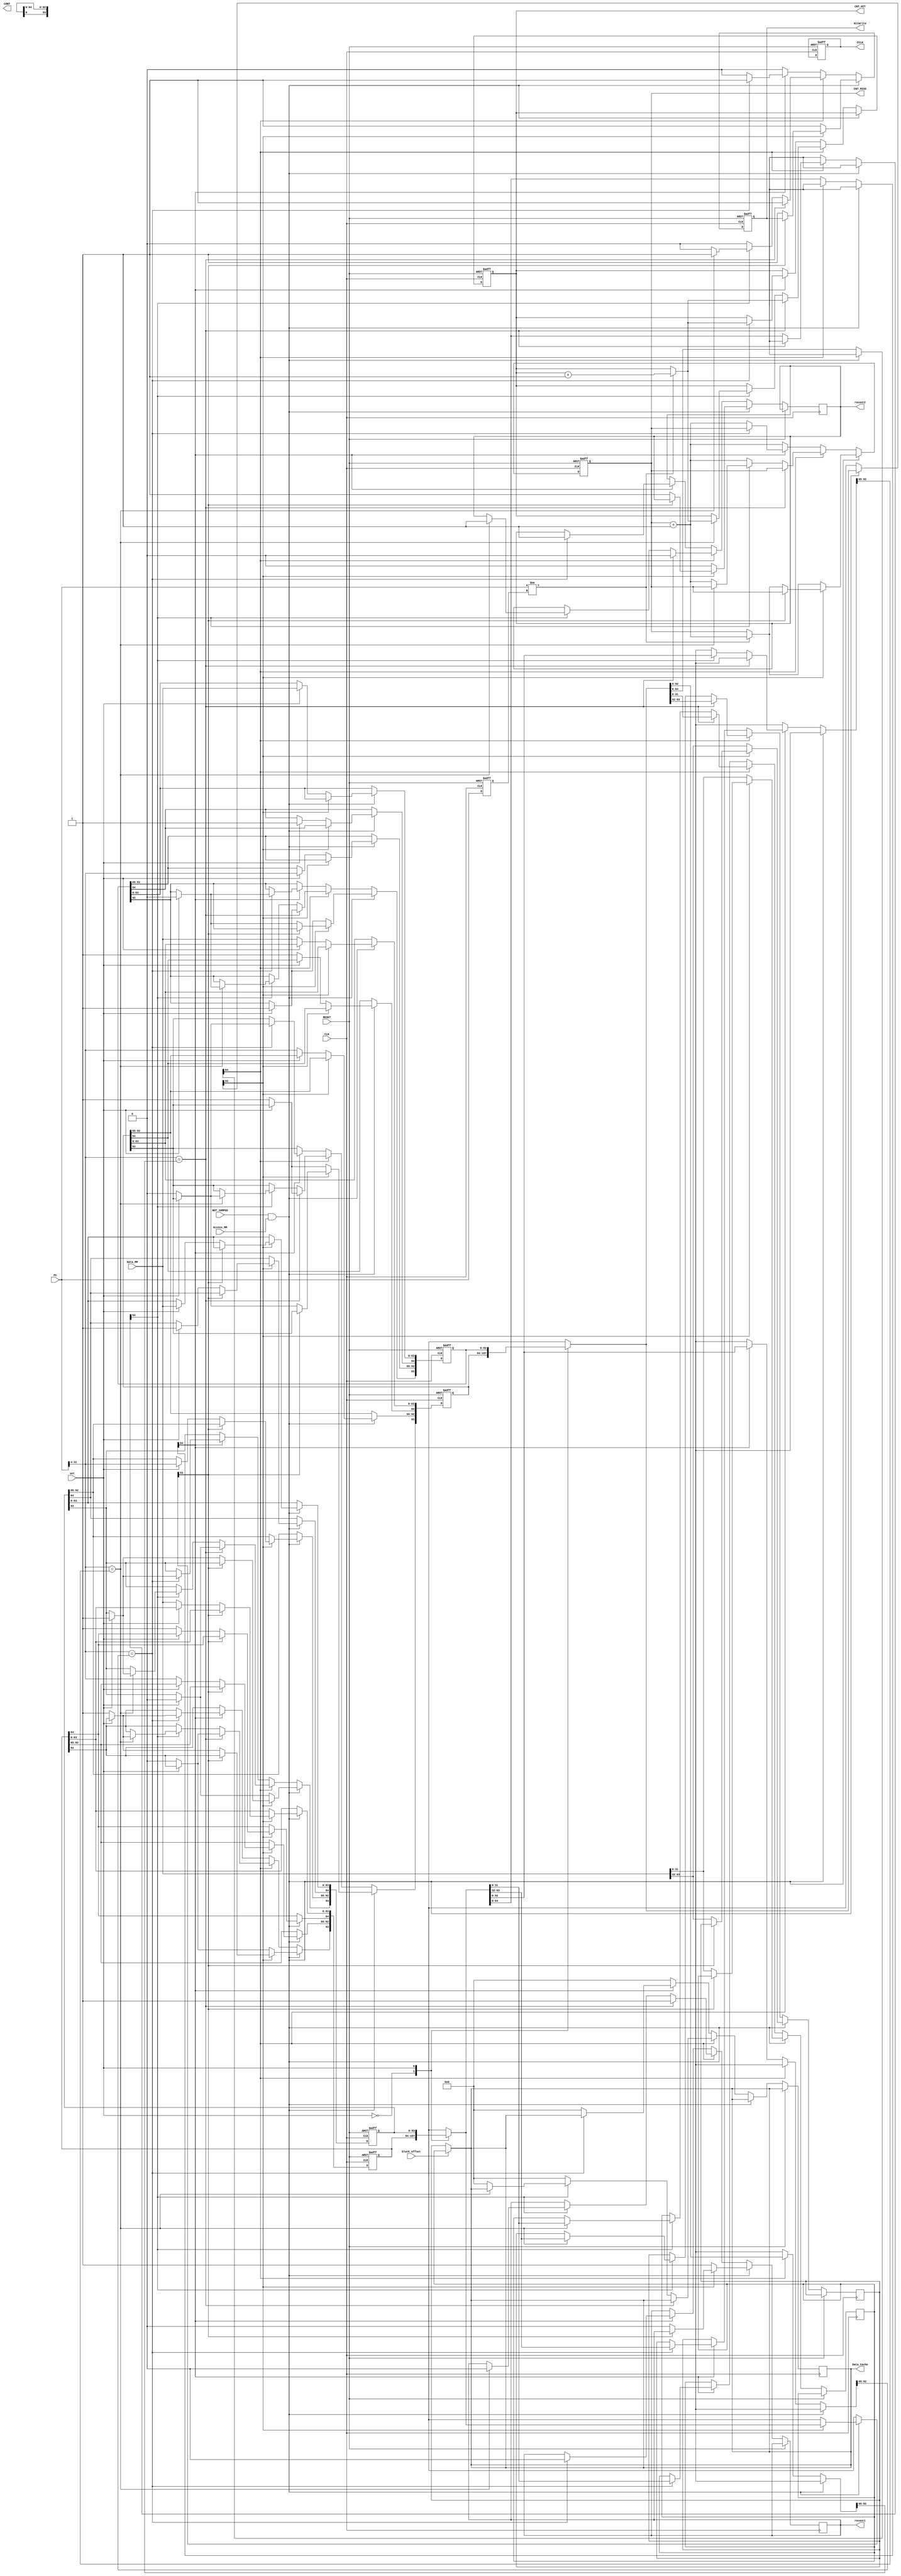
module Cache_2way_Multiword(CLK, RESET, NOT_JUMPED, PC, set, block_offset, Access_MM, Data_MM, HitWrite, Data_Cache, CNT_HIT, CNT_MISS
,CONT, CCLK, recent1, recent2);

	input CLK;
	input RESET;
	input [31:0] PC;
	input NOT_JUMPED;
//-----------------------------------------------
	input set; //Size8
	//input [1:0] set; //Size16
	//input [2:0] set; //Size32
//-----------------------------------------------
   	input block_offset;
	input Access_MM; //0: Read Data from MM sig
   	input [63:0] Data_MM; //Read Data from MM

	output reg HitWrite; //Hit, PCWrite, IFIDWrite
   	output reg [31:0] Data_Cache;
   	output reg [19:0] CNT_HIT, CNT_MISS; //Counter for Checking

   	output reg [1:0] CONT;
   	output reg CCLK;
   	output reg recent1, recent2;

//-----------------------------------------------
   	reg [93:0] cache1 [1:0]; //Size8
   	reg [93:0] cache2 [1:0]; //Size8
   	//reg [93:0] cache1 [3:0]; //Size16
   	//reg [93:0] cache2 [3:0]; //Size16
   	//reg [93:0] cache1 [7:0]; //Size32
   	//reg [93:0] cache2 [7:0]; //Size32
//-----------------------------------------------
	reg [31:0] PC_REG;

   	reg [31:0] Data_Cache_0,Data_Cache_1;
   	assign Data_Cache = (block_offset == 1'b0) ? Data_Cache_0 : Data_Cache_1;

   	always@(posedge CLK, posedge RESET)
   	begin
      		if (RESET) begin
//Size8
         		cache1[0] <= 94'd0;
         		cache1[1] <= 94'd0;
        		cache2[0] <= 94'd0;
         		cache2[1] <= 94'd0;
//Size16
/*
        		cache1[2] <= 94'd0;
        		cache1[3] <= 94'd0;
         		cache2[2] <= 94'd0;
         		cache2[3] <= 94'd0;
//*/
//size32
/*
                        cache1[4] <= 94'd0;
                        cache1[5] <= 94'd0;
                        cache1[6] <= 94'd0;
                        cache1[7] <= 94'd0;
                        cache2[4] <= 94'd0;
                        cache2[5] <= 94'd0;
                        cache2[6] <= 94'd0;
                        cache2[7] <= 94'd0;
*/
         		CNT_HIT <= 20'd0;
         		CNT_MISS <= 20'd0;
         		HitWrite <= 1'b1; 
         		CCLK <= 1'b0;
			PC_REG <= 32'd0;
           	end
		
           	else begin
			PC_REG <= PC; 
         		if(NOT_JUMPED && Access_MM) begin
                                if(cache1[set][93] == 1'b0) begin //Cache1 recently not used
                                        cache1[set][64] <= 1'b1; //Valid     
                                        cache1[set][63:0] <= Data_MM;
                                        cache1[set][93] <= 1'b1; //Recent
                                        cache2[set][93] <= 1'b0; //Recent
               				recent1 <= 1'b1;
               				recent2 <= 1'b0;
//----------------------------------------------------------------------------------------
				//Size8
                                        cache1[set][92:65] <= PC[31:4]; //Tag
				//Size16
                                        //cache1[set][92:65] <= PC[31:5]; //Tag
				//Size32
					//cache1[set][92:65] <= PC[31:6]; //Tag
//----------------------------------------------------------------------------------------
               				Data_Cache_0 <= Data_MM[63:32];
               				Data_Cache_1 <= Data_MM[31:0];
                                        HitWrite <= 1'b1;  
					if (PC != PC_REG) CNT_MISS <= CNT_MISS +1;                                                   
                                end
                                else if(cache2[set][93] == 1'b0) begin //Cache2 recently not used
                                        cache2[set][64] <= 1'b1; //Valid     
                                        cache2[set][63:0] <= Data_MM;
                                        cache2[set][93] <= 1'b1; //Recent
                                        cache1[set][93] <= 1'b0; //Recent
               				recent1 <= 1'b0;
               				recent2 <= 1'b1;
//----------------------------------------------------------------------------------------
				//Size8
                                        cache2[set][92:65] <= PC[31:4]; //Tag
				//Size16
                                        //cache2[set][92:65] <= PC[31:5]; //Tag
				//Size32
					//cache2[set][92:65] <= PC[31:6]; //Tag
//----------------------------------------------------------------------------------------
               				Data_Cache_0 <= Data_MM[63:32];
               				Data_Cache_1 <= Data_MM[31:0];
                                        HitWrite <= 1'b1;     
					if (PC != PC_REG) CNT_MISS <= CNT_MISS +1;    
                                end
         		end
         		else begin
                                if(cache1[set][64] == 1'b1) begin
//----------------------------------------------------------------------------------------
					//Size8
                                        if(PC[31:4] == cache1[set][92:65]) begin	
					//Size16
                                        //if(PC[31:5] == cache1[set][92:65]) begin	
					//Size32
                                        //if(PC[31:6] == cache1[set][92:65]) begin	
//----------------------------------------------------------------------------------------
						HitWrite <= 1'b1;
                                                cache1[set][93] <= 1'b1;
                                                cache2[set][93] <= 1'b0;
                  				recent1 <= 1'b1;
                  				recent2 <= 1'b0;
						if (PC != PC_REG) CNT_HIT <= CNT_HIT +1;
                                                //CNT_HIT <= CNT_HIT + 1;
                  				Data_Cache_0 <= cache1[set][63:32];
                  				Data_Cache_1 <= cache1[set][31:0];
                                        end
               				else if(cache2[set][64] == 1'b1) begin
//----------------------------------------------------------------------------------------
						//Size8
                  				if(PC[31:4] == cache2[set][92:65]) begin
						//Size16
                  				//if(PC[31:5] == cache2[set][92:65]) begin
						//Size32
                  				//if(PC[31:6] == cache2[set][92:65]) begin
//----------------------------------------------------------------------------------------
                  				HitWrite <= 1'b1;
                                                cache1[set][93] <= 1'b0;
                                                cache2[set][93] <= 1'b1;
                  				recent1 <= 1'b0;
                  				recent2 <= 1'b1;
						if (PC != PC_REG) CNT_HIT <= CNT_HIT +1;
                                                //CNT_HIT <= CNT_HIT + 1;
                  				Data_Cache_0 <= cache2[set][63:32];
                  				Data_Cache_1 <= cache2[set][31:0];
                  				end
                                        	else begin
                                                	HitWrite <= 1'b0;
                                                	CNT_MISS <= CNT_MISS + 1;
                                                	Data_Cache <= 32'd0;
                                        	end  
					end
                                        else begin
                                                 HitWrite <= 1'b0;
                                                 CNT_MISS <= CNT_MISS + 1;
                                                 Data_Cache <= 32'd0;
                                        end
               			end
            			else if(cache2[set][64] == 1'b1) begin
//----------------------------------------------------------------------------------------
					//Size8
                                	if(PC[31:4] == cache2[set][92:65]) begin
					//Size16
                                	//if(PC[31:5] == cache2[set][92:65]) begin
					//Size32
                               		//if(PC[31:6] == cache2[set][92:65]) begin
//----------------------------------------------------------------------------------------
                  				HitWrite <= 1'b1;
                                        	cache1[set][93] <= 1'b0;
                                        	cache2[set][93] <= 1'b1;
                  				recent1 <= 1'b0;
                  				recent2 <= 1'b1;
						if (PC != PC_REG) CNT_HIT <= CNT_HIT +1;
                                        	//CNT_HIT <= CNT_HIT + 1;
                  				Data_Cache_0 <= cache2[set][63:32];
                  				Data_Cache_1 <= cache2[set][31:0];
               				end
                                	else begin
                                        	HitWrite <= 1'b0;
                                        	CNT_MISS <= CNT_MISS + 1;
                                        	Data_Cache <= 32'd0;
                                	end  
                        	end
                        	else begin
                                	HitWrite <= 1'b0;
                                	CNT_MISS <= CNT_MISS + 1;
                                	Data_Cache <= 32'd0;
                        	end   
         		end
   			//end
		end
	end
  always@(CLK) begin CCLK <= (!CCLK); end
endmodule